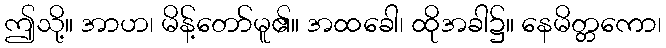
ဤသို့။ အာဟ၊ မိန့်တော်မူ၏။ အထခေါ၊ ထိုအခါ၌။ နေမိတ္တကော၊